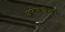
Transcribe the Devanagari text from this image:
अलेकज़ैन्डर